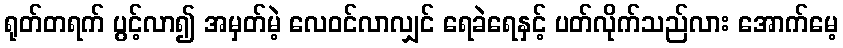
ရုတ်တရက် ပွင့်လာ၍ အမှတ်မဲ့ လေဝင်လာလျှင် ရေခဲရေနှင့် ပတ်လိုက်သည်လား အောက်မေ့